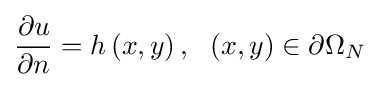
{\frac {\partial u}{\partial n}}=h\left(x,y\right),\ \ \left(x,y\right)\in \partial \Omega _{N}